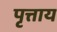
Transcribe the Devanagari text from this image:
पृत्ताय